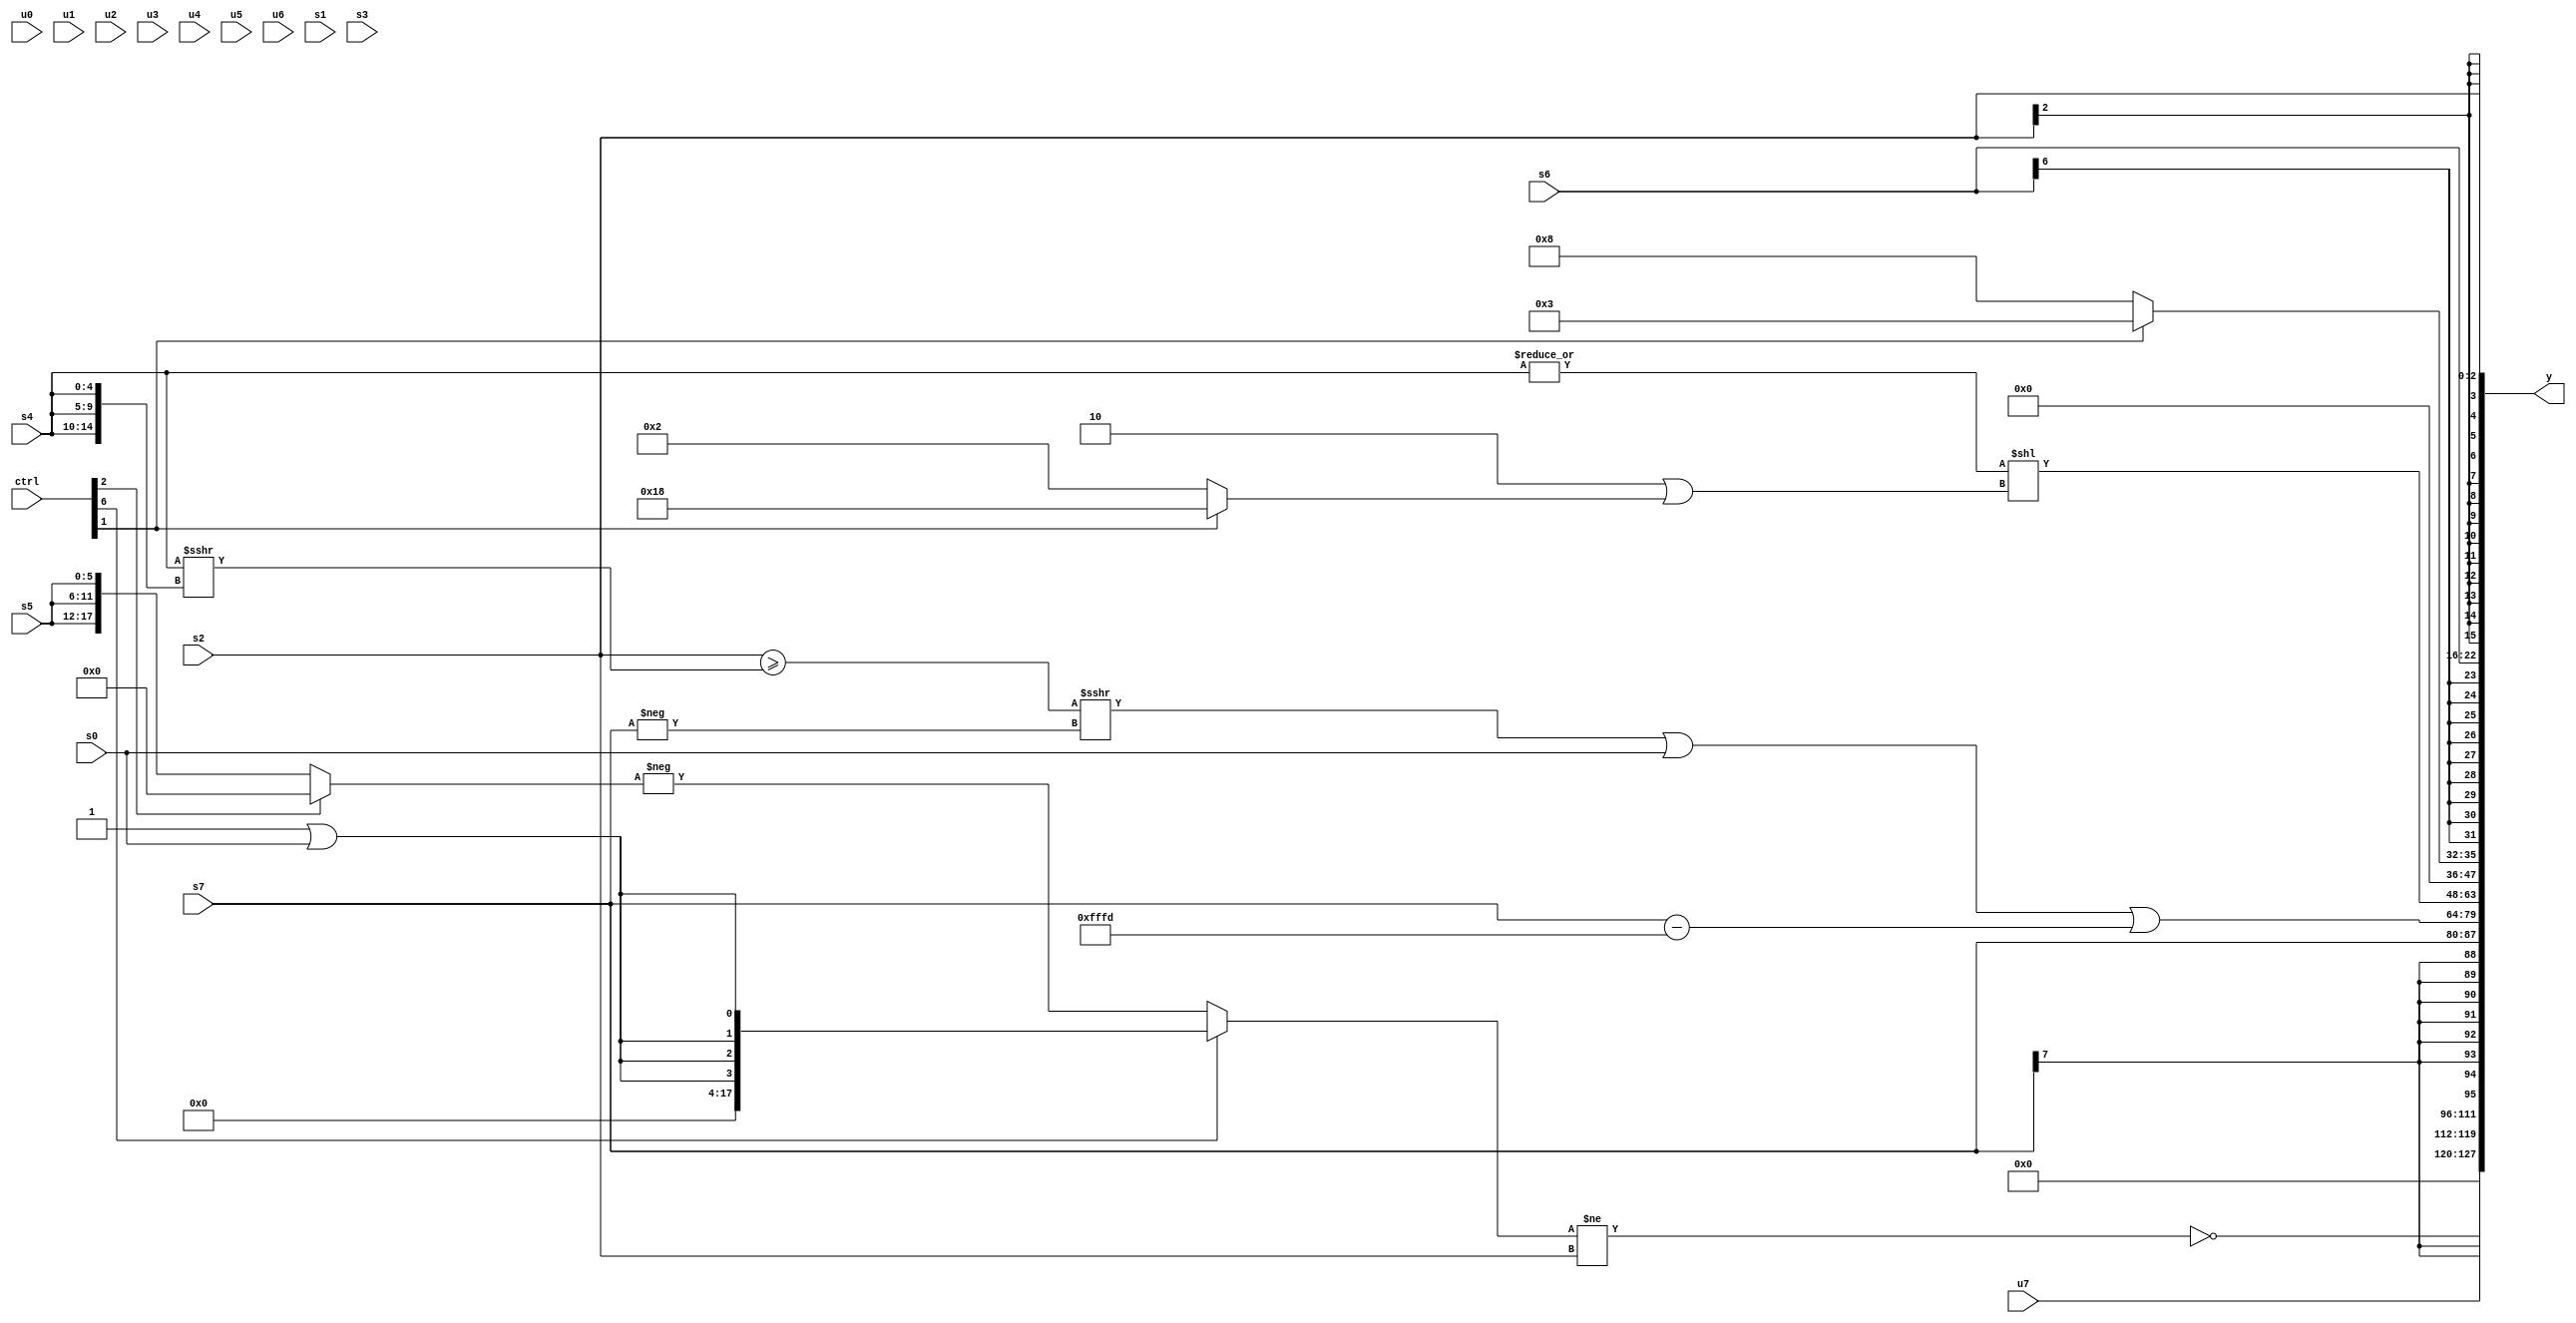
module wideexpr_00535(ctrl, u0, u1, u2, u3, u4, u5, u6, u7, s0, s1, s2, s3, s4, s5, s6, s7, y);
  input [7:0] ctrl;
  input [0:0] u0;
  input [1:0] u1;
  input [2:0] u2;
  input [3:0] u3;
  input [4:0] u4;
  input [5:0] u5;
  input [6:0] u6;
  input [7:0] u7;
  input signed [0:0] s0;
  input signed [1:0] s1;
  input signed [2:0] s2;
  input signed [3:0] s3;
  input signed [4:0] s4;
  input signed [5:0] s5;
  input signed [6:0] s6;
  input signed [7:0] s7;
  output [127:0] y;
  wire [15:0] y0;
  wire [15:0] y1;
  wire [15:0] y2;
  wire [15:0] y3;
  wire [15:0] y4;
  wire [15:0] y5;
  wire [15:0] y6;
  wire [15:0] y7;
  assign y = {y0,y1,y2,y3,y4,y5,y6,y7};
  assign y0 = u7;
  assign y1 = ~(((ctrl[6]?$signed(($signed(4'sb1111))|(s0)):-((ctrl[2]?{-({1{1'sb0}})}:{3{$signed((ctrl[2]?u4:s5))}}))))!=(s2));
  assign y2 = s7;
  assign y3 = +(((($signed((s2)>=((s4)>>>({3{s4}}))))>>>(-(s7)))|(s0))|((s7)-(($signed(4'sb0101))|(-(4'b0011)))));
  assign y4 = (|(s4))<<({(5'sb11110)|($signed($signed((ctrl[1]?5'b11000:2'b10))))});
  assign y5 = ((ctrl[1]?4'b0011:5'b01000))<<(1'b0);
  assign y6 = s6;
  assign y7 = s2;
endmodule